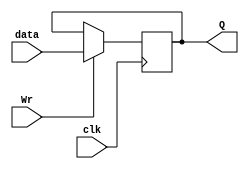
module Reg(clk,data,Wr,Q);
    input clk, Wr;
    input [31:0] data;
    output reg [31:0] Q;

    always @(posedge clk ) begin
        if(Wr)
            Q <=  data;
    end
endmodule